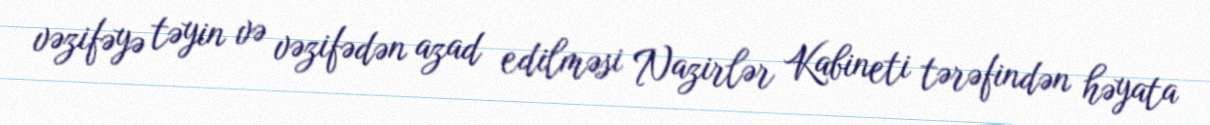
vəzifəyə təyin və vəzifədən azad edilməsi Nazirlər Kabineti tərəfindən həyata